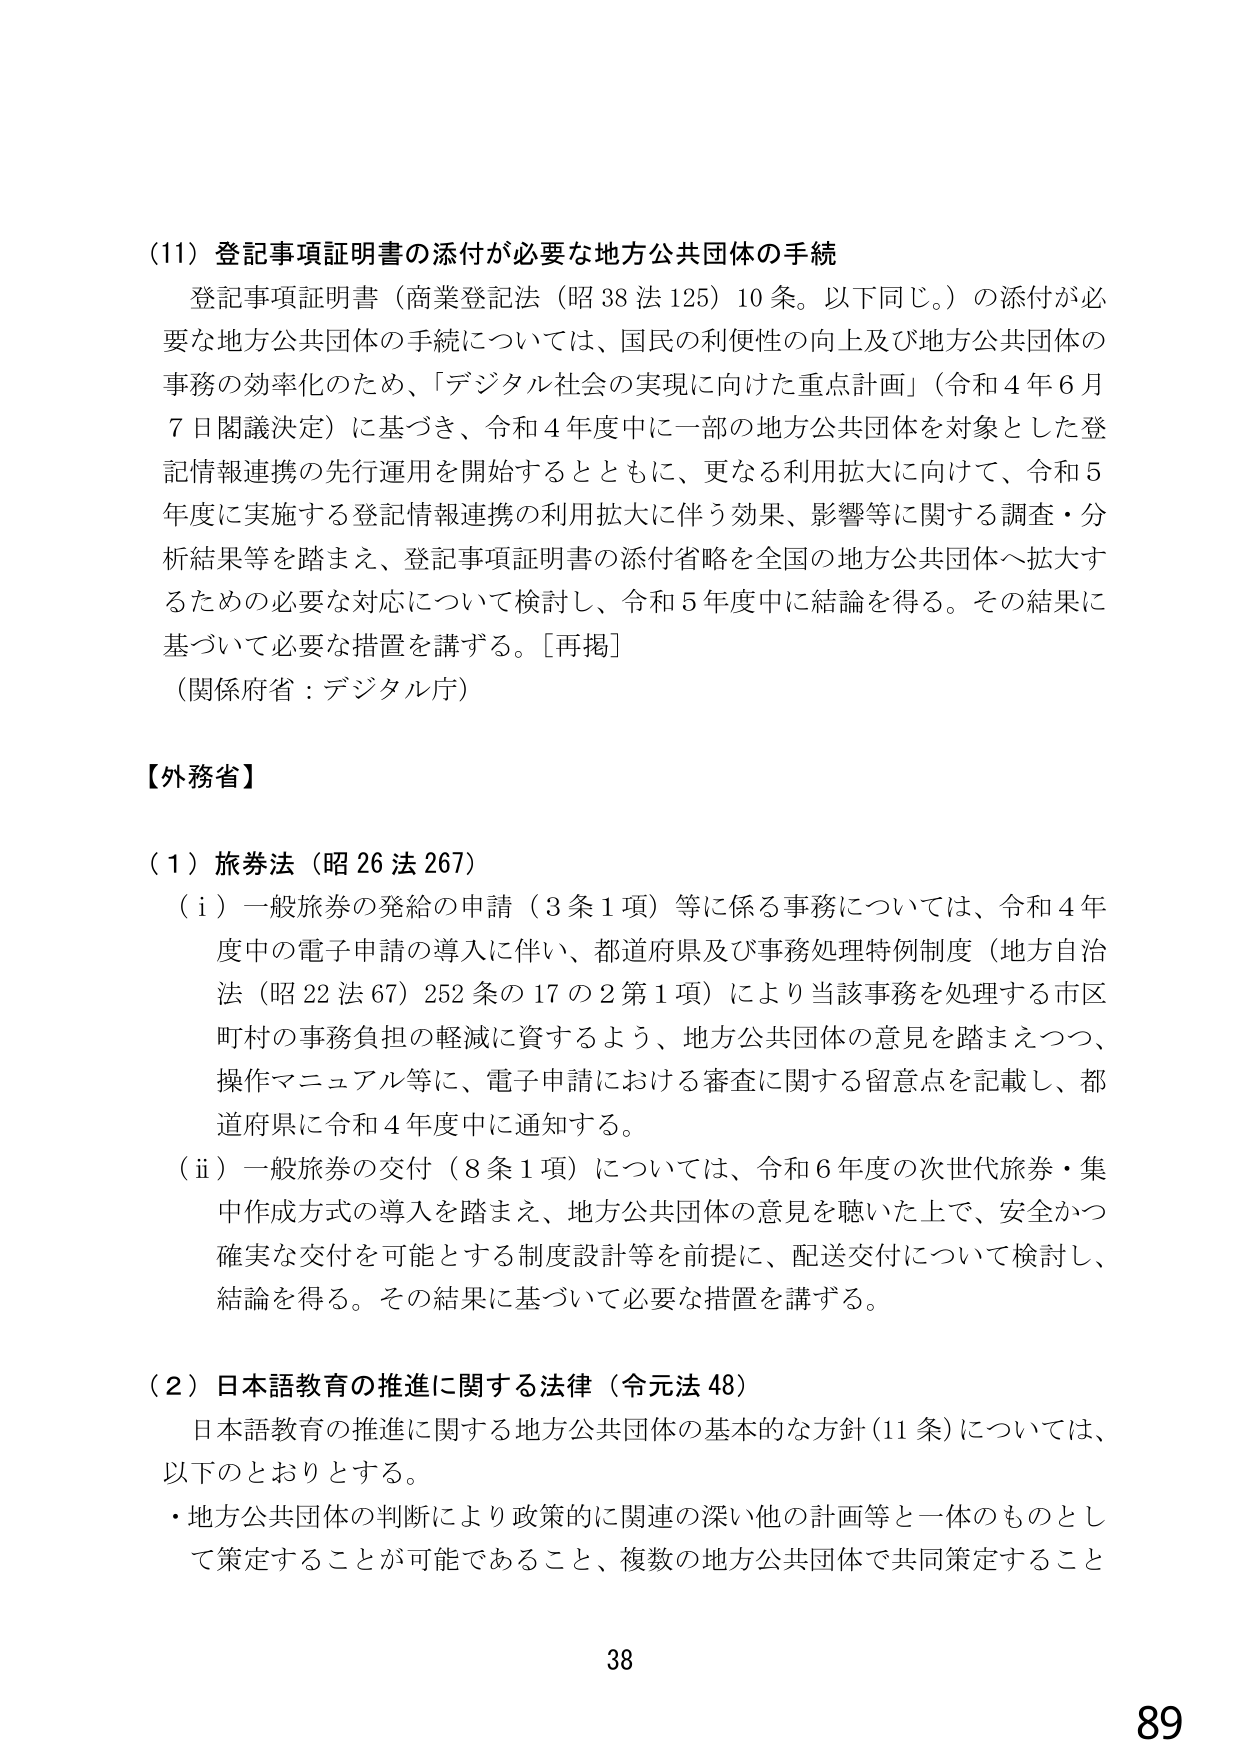
(11) 登記事項証明書の添付が必要な地方公共団体の手続
登記事項証明書（商業登記法（昭38法125）10条。以下同じ。）の添付が必要な地方公共団体の手続については、国民の利便性の向上及び地方公共団体の事務の効率化のため、「デジタル社会の実現に向けた重点計画」（令和4年6月7日閣議決定）に基づき、令和4年度中に一部の地方公共団体を対象とした登記情報連携の先行運用を開始するとともに、更なる利用拡大に向けて、令和5年度に実施する登記情報連携の利用拡大に伴う効果、影響等に関する調査・分析結果等を踏まえ、登記事項証明書の添付省略を全国の地方公共団体へ拡大するための必要な対応について検討し、令和5年度中に結論を得る。その結果に基づいて必要な措置を講ずる。[再掲]
（関係府省：デジタル庁）

【外務省】

(1) 旅券法（昭26法267）
(i) 一般旅券の発給の申請（3条1項）等に係る事務については、令和4年度中の電子申請の導入に伴い、都道府県及び事務処理特例制度（地方自治法（昭22法67）252条の17の2第1項）により当該事務を処理する市区町村の事務負担の軽減に資するよう、地方公共団体の意見を踏まえつつ、操作マニュアル等に、電子申請における審査に関する留意点を記載し、都道府県に令和4年度中に通知する。
(ii) 一般旅券の交付（8条1項）については、令和6年度の次世代旅券・集中作成方式の導入を踏まえ、地方公共団体の意見を聴いた上で、安全かつ確実な交付を可能とする制度設計等を前提に、配送交付について検討し、結論を得る。その結果に基づいて必要な措置を講ずる。

(2) 日本語教育の推進に関する法律（令元法48）
日本語教育の推進に関する地方公共団体の基本的な方針（11条）については、以下のとおりとする。
・地方公共団体の判断により政策的に関連の深い他の計画等と一体のものとして策定することが可能であること、複数の地方公共団体で共同策定すること

38
89